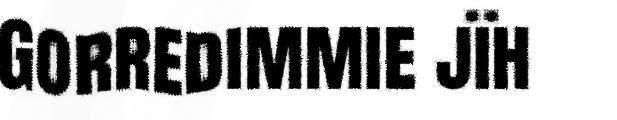
Gorredimmie jïh